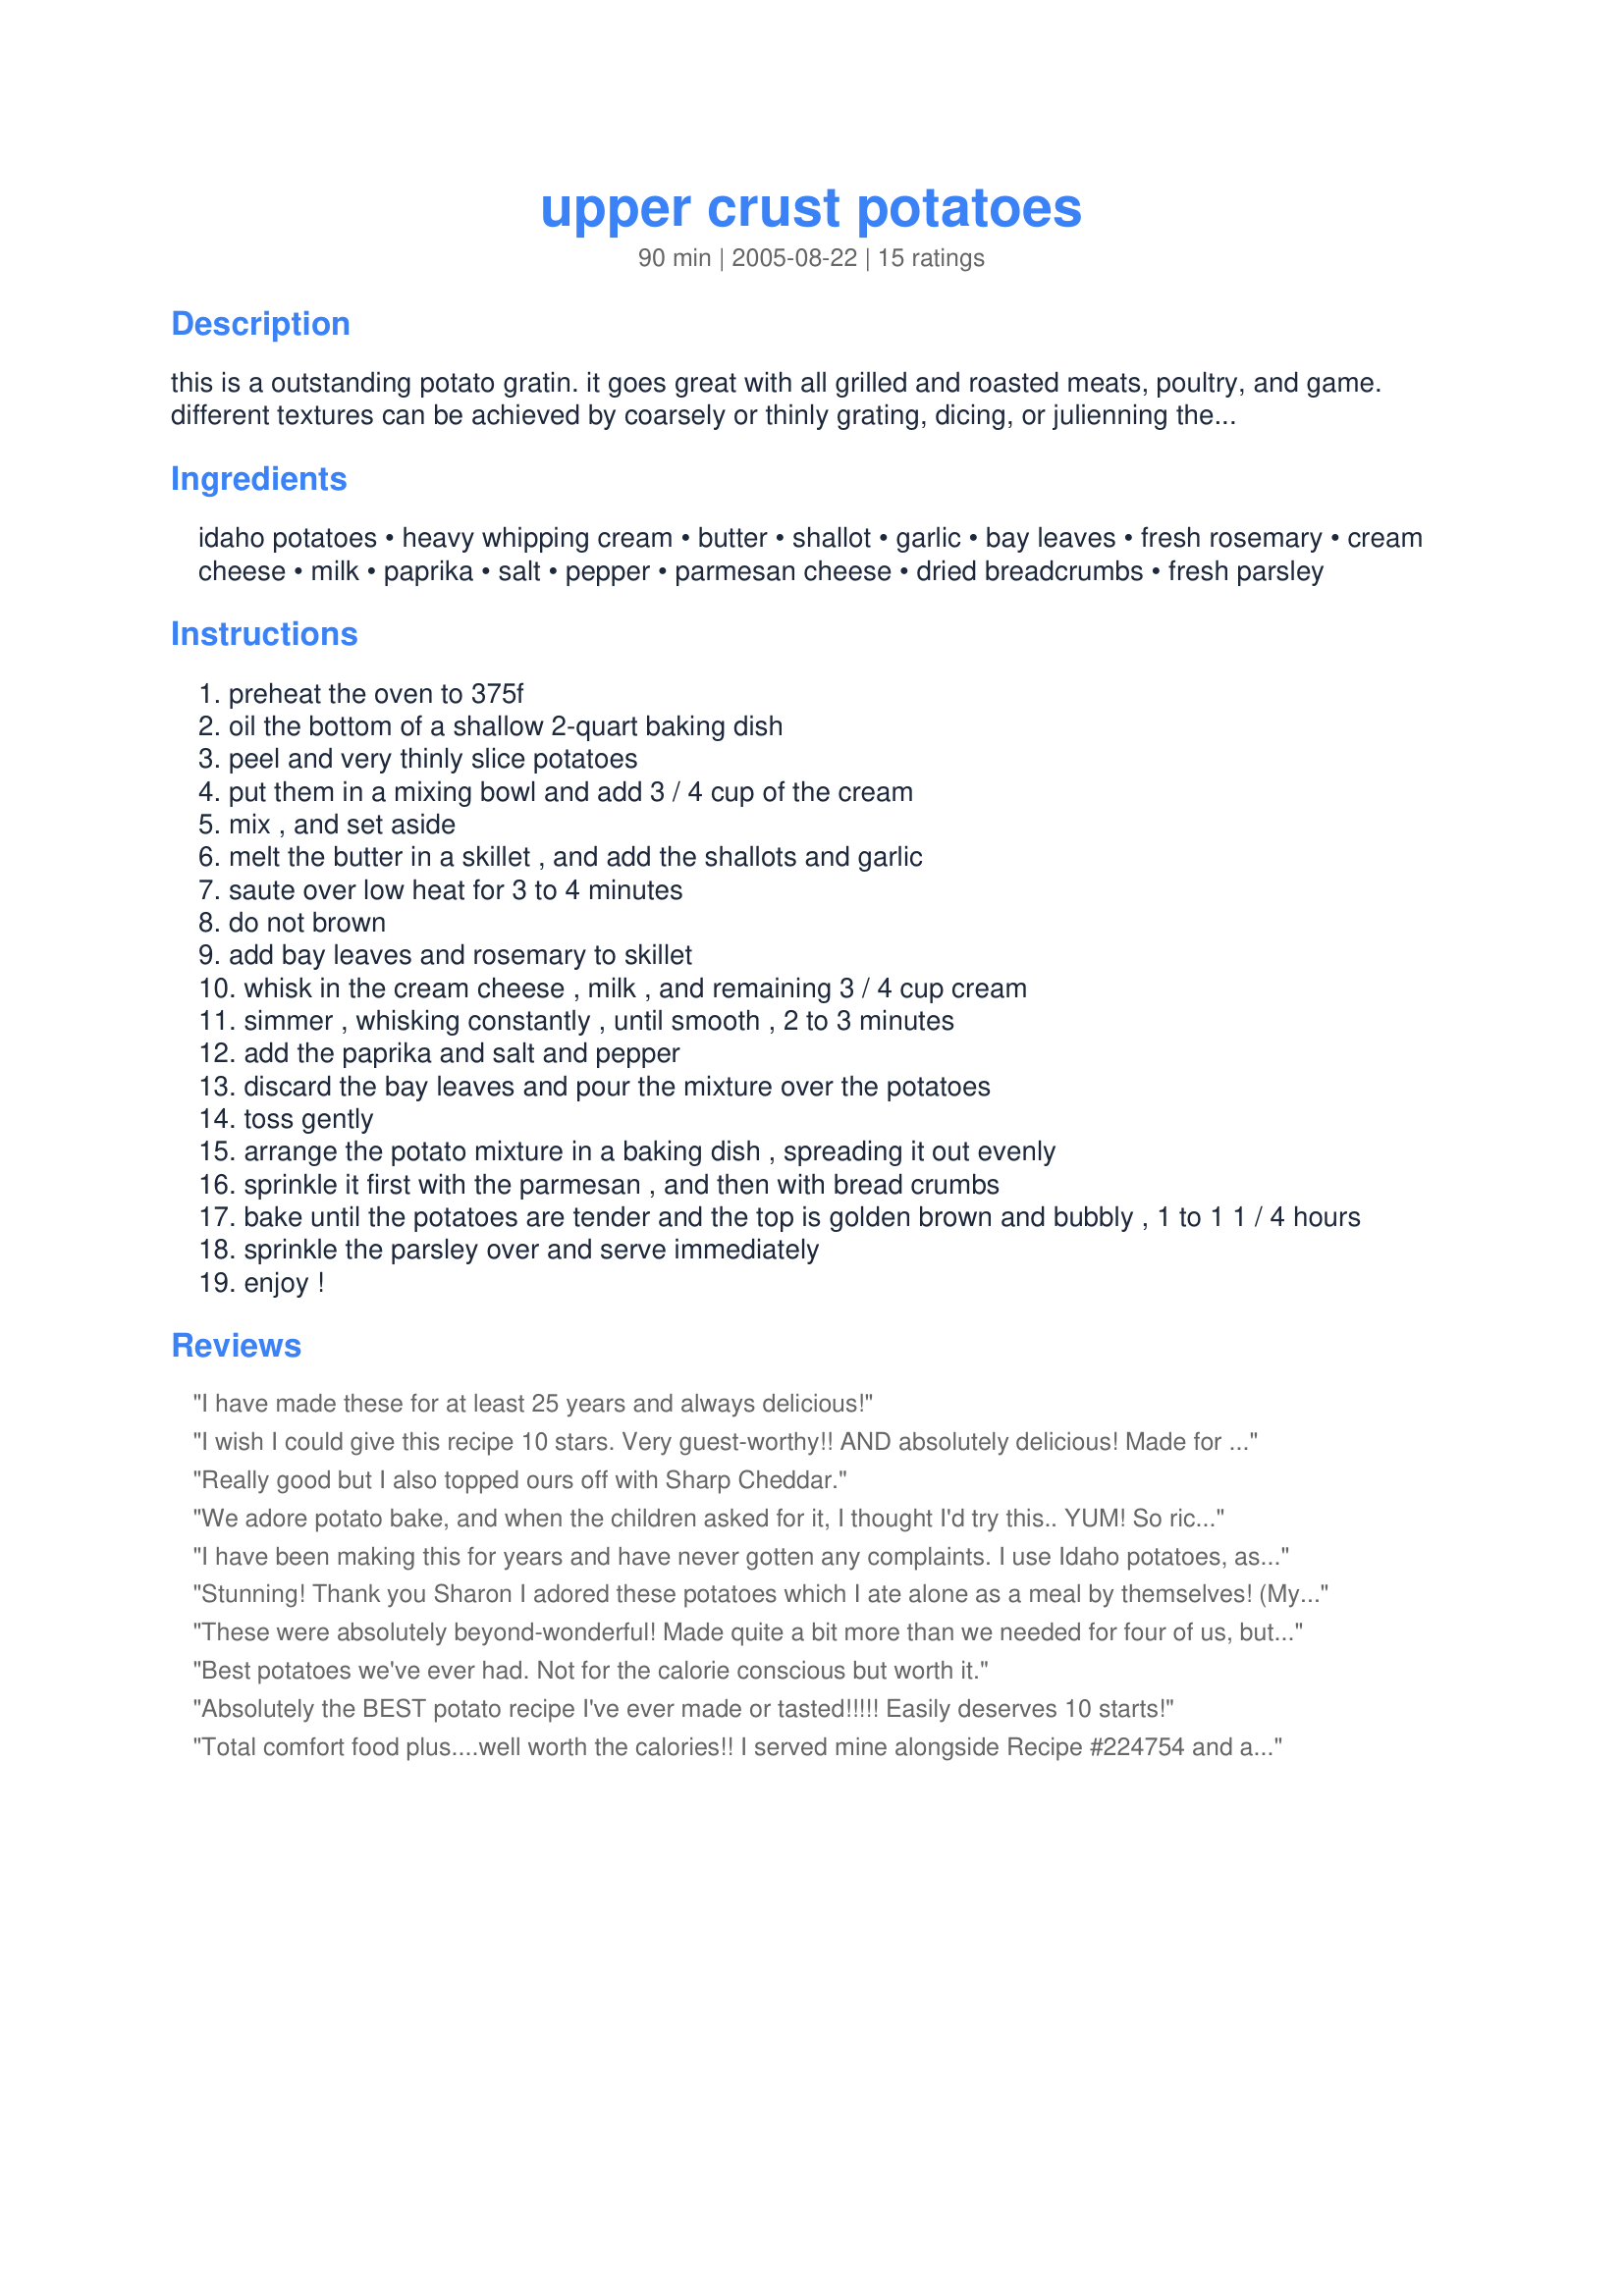
upper crust potatoes
Preparation time: 90 minutes

this is a outstanding potato gratin. it goes great with all grilled and roasted meats, poultry, and game. different textures can be achieved by coarsely or thinly grating, dicing, or julienning the potatoes. from new basics cookbook.

Ingredients:
idaho potatoes, heavy whipping cream, butter, shallot, garlic, bay leaves, fresh rosemary, cream cheese, milk, paprika, salt, pepper, parmesan cheese, dried breadcrumbs, fresh parsley

Steps:
preheat the oven to 375f
oil the bottom of a shallow 2-quart baking dish
peel and very thinly slice potatoes
put them in a mixing bowl and add 3 / 4 cup of the cream
mix , and set aside
melt the butter in a skillet , and add the shallots and garlic
saute over low heat for 3 to 4 minutes
do not brown
add bay leaves and rosemary to skillet
whisk in the cream cheese , milk , and remaining 3 / 4 cup cream
simmer , whisking constantly , until smooth , 2 to 3 minutes
add the paprika and salt and pepper
discard the bay leaves and pour the mixture over the potatoes
toss gently
arrange the potato mixture in a baking dish , spreading it out evenly
sprinkle it first with the parmesan , and then with bread crumbs
bake until the potatoes are tender and the top is golden brown and bubbly , 1 to 1 1 / 4 hours
sprinkle the parsley over and serve immediately
enjoy !

Reviews:
I have made these for at least 25 years and always delicious!
I wish I could give this recipe 10 stars. Very guest-worthy!! AND absolutely delicious!
Made for A TASTE OF YELLOW and LiveSTRONG event.
Really good but I also topped ours off with Sharp Cheddar.
We adore potato bake, and when the children asked for it, I thought I'd try this.. YUM! So rich and creamy, this disappeared in a trice, no leftovers! Quickly prepared as well, and then it cooks away to itself, while you are busy with other dishes. Incidentally, I didn't peel the potatoes, since there is a lot of goodness in the skin, I just scrubbed them well before slicing.

A real keeper, thank you Sharon!

Made for Veg'n swap#11
I have been making this for years and have never gotten any complaints. I use Idaho potatoes, as called for, the big baking ones. If you want to use another type of potatoe, I would suggest anything that is floury, not waxy, as the waxy potatoes give off quite a bit of water and have tendency to break the sauce.
Stunning! Thank you Sharon I adored these potatoes which I ate alone as a meal by themselves! (My neighbours loved them too!)

From Wiltshire, England.....Ta!
These were absolutely beyond-wonderful! Made quite a bit more than we needed for four of us, but that's okay--I'll eat them for breakfast--they were SO good. The richness of the cream-cheese really gave the whole dish such a boost of flavor! I put down a layer of spuds, then a layer of Parmesan, then the remaining spuds with more Parmesan on top and then the bread crumbs (actually toasted bagel crumbs). VERY RICH!!! This recipe gets put in my ~Tried & True~ recipe book!!! Definitely a KEEPER! *Made for ZWT3 French Region*
Best potatoes we've ever had. Not for the calorie conscious but worth it.
Absolutely the BEST potato recipe I've ever made or tasted!!!!! Easily deserves 10 starts!
Total comfort food plus....well worth the calories!! I served mine alongside Recipe #224754 and a green salad. Make as directed and will not be disappointed! Thanks for sharing :)
This is a very good, rich and creamy potato dish. I cut the recipe in half and it was plenty for the 4 of us. I didn't have fresh parsley so that's the only thing I didn't follow in the recipe. Very good! I recommend it!
This recipe can also be found on page 276 (verbatim) in the "The New Basics" Cookbook by Julee Rosso & Sheila Lukins printed in 1998. It is a fantastic recipe.
Yum. These were fantastic! I used half the amount of potatoes and baked it in an 8x8" square pan, but otherwise followed the recipe as is. I didn't have heavy cream so used half and half instead. Neither the flavor nor the mouthfeel suffered in the least-- in fact, you could probably use milk since the cream cheese helps thicken things up. Loved the breadcrumb and parmesan topping. Thanks for posting this!
Sharon, you really out did yourself with this one...oh so rich and delicious! I followed the recipe to a tee and it is a perfectly scrumptious dish. Thank you for posting!!
The potatoes probably need to be pre-cooked a little before using. Some of my potatoes didn't cook all the way through during baking.
